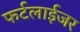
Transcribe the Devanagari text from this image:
फर्टलाईजर